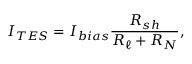
I _ { T E S } = I _ { b i a s } \frac { R _ { s h } } { R _ { \ell } + R _ { N } } ,